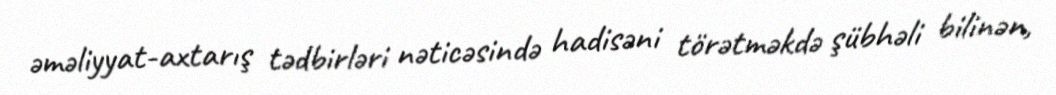
əməliyyat-axtarış tədbirləri nəticəsində hadisəni törətməkdə şübhəli bilinən,